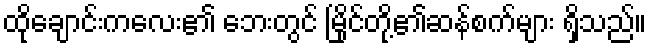
ထိုချောင်းကလေး၏ ဘေးတွင် မြိုင်တို့၏ဆန်စက်များ ရှိသည်။